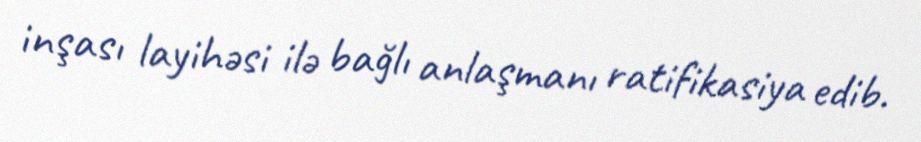
inşası layihəsi ilə bağlı anlaşmanı ratifikasiya edib.